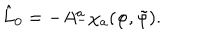
LaTeX: \hat { L } _ { 0 } = - A _ { - } ^ { a } \chi _ { a } ( \varphi , \tilde { \varphi } ) .